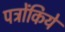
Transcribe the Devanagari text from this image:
पत्रोंकिये